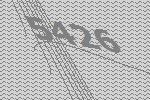
5426